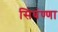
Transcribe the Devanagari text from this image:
सिघंण्णा